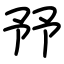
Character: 㐨